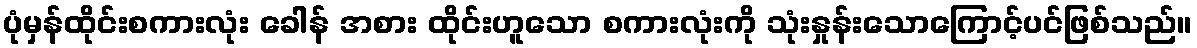
ပုံမှန်ထိုင်းစကားလုံး ခေါန် အစား ထိုင်းဟူသော စကားလုံးကို သုံးနှုန်းသောကြောင့်ပင်ဖြစ်သည်။